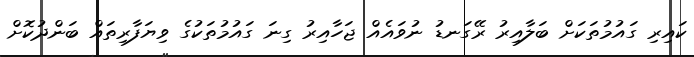
ކައިރި ގައުމުތަކަށް ބަލާއިރު ރޭގަނޑު ނުވައެއް ޖަހާއިރު ގިނަ ގައުމުތަކުގެ ވިޔަފާރިތައް ބަންދުކޮށް